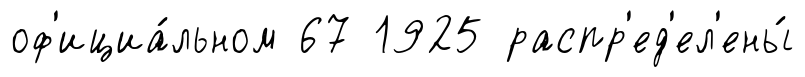
оф'ициа́льном 67 1925 распр'ед'ел'ены́